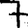
Digit: 7